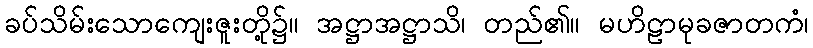
ခပ်သိမ်းသောကျေးဇူးတို့၌။ အဋ္ဌာအဋ္ဌာသိ၊ တည်၏။ မဟိဠာမုခဇာတကံ၊